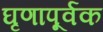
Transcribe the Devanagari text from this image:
घृणापूर्वक